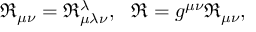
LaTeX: \Re _ { \mu \nu } = \Re _ { \mu \lambda \nu } ^ { \lambda } , \ \ \Re = g ^ { \mu \nu } \Re _ { \mu \nu } ,